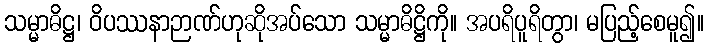
သမ္မာဓိဋ္ဌ၊ ဝိပဿနာဉာဏ်ဟုဆိုအပ်သော သမ္မာဓိဋ္ဌိကို။ အပရိပူရိတွာ၊ မပြည့်စေမူ၍။